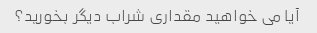
آیا می خواهید مقداری شراب دیگر بخورید؟